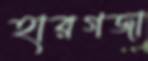
হারগজা